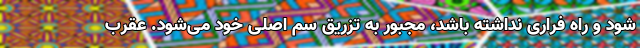
شود و راه فراری نداشته باشد، مجبور به تزریق سم اصلی خود می‌شود. عقرب